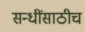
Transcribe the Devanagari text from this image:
सन्धींसाठीच